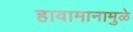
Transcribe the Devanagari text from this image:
हावामानामुळे